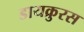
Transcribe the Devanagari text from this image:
डायक्रुरस